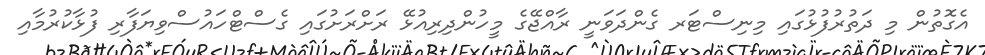
އެގޮތުން މި ދަތުރުފުޅުގައި މިނިސްޓަރ ގެންދަވަނީ ރާއްޖޭގެ މީހުންދިރިއުޅޭ ރަށްރަށުގައި ގެސްޓްހައުސްވިޔަފާާރި ފުޅާކުރުމާއި